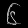
Digit: ၆